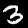
Digit: 3